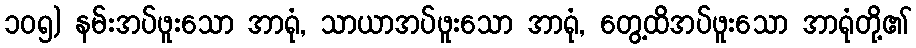
၁၀၅) နမ်းအပ်ဖူးသော အာရုံ, သာယာအပ်ဖူးသော အာရုံ, တွေ့ထိအပ်ဖူးသော အာရုံတို့၏